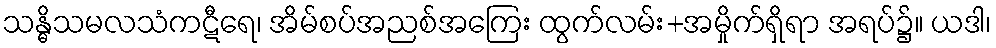
သန္ဓိသမလသံကဋီရေ၊ အိမ်စပ်အညစ်အကြေး ထွက်လမ်း+အမှိုက်ရှိရာ အရပ်၌။ ယဒါ၊